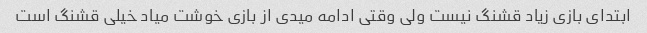
ابتدای بازی زیاد قشنگ نیست ولی وقتی ادامه میدی از بازی خوشت میاد خیلی قشنگ است